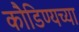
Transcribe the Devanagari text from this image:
कौडिण्यच्या